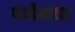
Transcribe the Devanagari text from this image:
पंथीयांवर